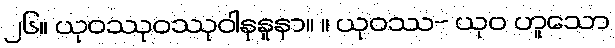
၂၆။ ယုဝဿုဝဿုဝါနုနူနာ။ ။ ယုဝဿ- ယုဝ ဟူသော